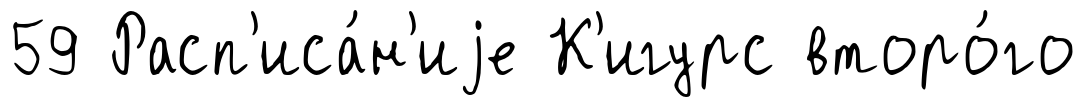
59 Расп'иса́н'иjе К'игурс второ́го